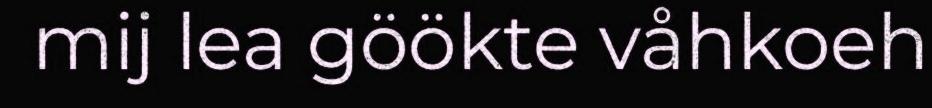
mij lea göökte våhkoeh